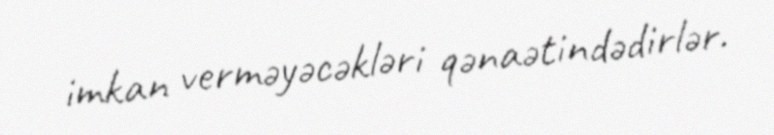
imkan verməyəcəkləri qənaətindədirlər.